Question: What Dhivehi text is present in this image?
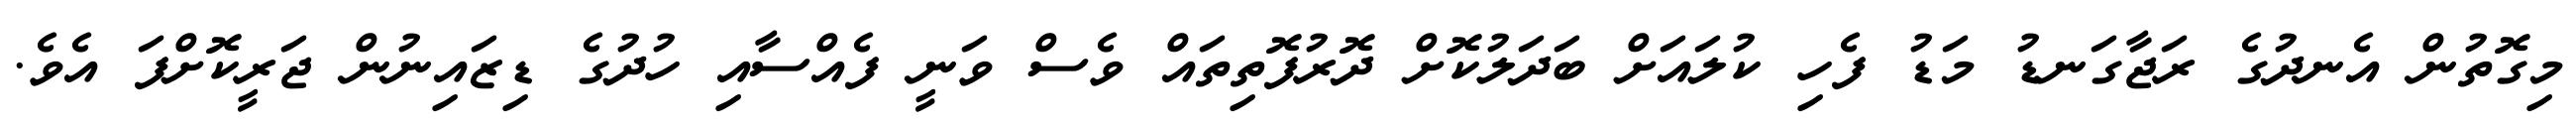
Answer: މިގޮތުން އެނދުގެ ރަޖާގަނޑު މަޑު ފެހި ކުލައަށް ބަދަލުކޮށް ދޮރުފޮތިތައް ވެސް ވަނީ ފެއްސާއި ހުދުގެ ޑިޒައިނުން ޖަރީކޮށްފަ އެވެ.